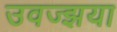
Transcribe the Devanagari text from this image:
उवज्झया